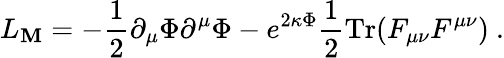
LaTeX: L_{\mathbf{M}}=-\frac{{1}}{{2}}\partial_{\mu}\Phi\partial^{\mu}\Phi-e^{2\kappa\Phi}\frac{{1}}{{2}}\mathrm{{Tr}}(F_{\mu\nu}F^{\mu\nu})\ .